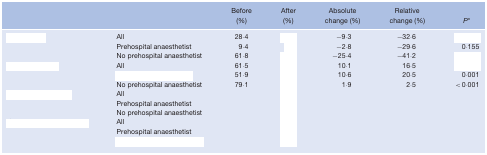
<table><thead><tr><td>[EMPTY_CELL]</td><td>[EMPTY_CELL]</td><td><b>Before (%)</b></td><td><b>After (%)</b></td><td><b>Absolute change (%)</b></td><td><b>Relative change (%)</b></td><td><b><i>P</i>*</b></td></tr></thead><tbody><tr><td>[EMPTY_CELL]</td><td>All</td><td>28·4</td><td>[EMPTY_CELL]</td><td>− 9·3</td><td>− 32·6</td><td>[EMPTY_CELL]</td></tr><tr><td>[EMPTY_CELL]</td><td>Prehospital anaesthetist</td><td>9·4</td><td>[EMPTY_CELL]</td><td>− 2·8</td><td>− 29·6</td><td>0·155</td></tr><tr><td>[EMPTY_CELL]</td><td>No prehospital anaesthetist</td><td>61·8</td><td>[EMPTY_CELL]</td><td>− 25·4</td><td>− 41·2</td><td>[EMPTY_CELL]</td></tr><tr><td>[EMPTY_CELL]</td><td>All</td><td>61·5</td><td>[EMPTY_CELL]</td><td>10·1</td><td>16·5</td><td>[EMPTY_CELL]</td></tr><tr><td>[EMPTY_CELL]</td><td>[EMPTY_CELL]</td><td>51·9</td><td>[EMPTY_CELL]</td><td>10·6</td><td>20·5</td><td>0·001</td></tr><tr><td>[EMPTY_CELL]</td><td>No prehospital anaesthetist</td><td>79·1</td><td>[EMPTY_CELL]</td><td>1·9</td><td>2·5</td><td>&lt; 0·001</td></tr><tr><td>[EMPTY_CELL]</td><td>All</td><td>[EMPTY_CELL]</td><td>[EMPTY_CELL]</td><td>[EMPTY_CELL]</td><td>[EMPTY_CELL]</td><td>[EMPTY_CELL]</td></tr><tr><td>[EMPTY_CELL]</td><td>Prehospital anaesthetist</td><td>[EMPTY_CELL]</td><td>[EMPTY_CELL]</td><td>[EMPTY_CELL]</td><td>[EMPTY_CELL]</td><td>[EMPTY_CELL]</td></tr><tr><td>[EMPTY_CELL]</td><td>No prehospital anaesthetist</td><td>[EMPTY_CELL]</td><td>[EMPTY_CELL]</td><td>[EMPTY_CELL]</td><td>[EMPTY_CELL]</td><td>[EMPTY_CELL]</td></tr><tr><td>[EMPTY_CELL]</td><td>All</td><td>[EMPTY_CELL]</td><td>[EMPTY_CELL]</td><td>[EMPTY_CELL]</td><td>[EMPTY_CELL]</td><td>[EMPTY_CELL]</td></tr><tr><td>[EMPTY_CELL]</td><td>Prehospital anaesthetist</td><td>[EMPTY_CELL]</td><td>[EMPTY_CELL]</td><td>[EMPTY_CELL]</td><td>[EMPTY_CELL]</td><td>[EMPTY_CELL]</td></tr><tr><td>[EMPTY_CELL]</td><td>[EMPTY_CELL]</td><td>[EMPTY_CELL]</td><td>[EMPTY_CELL]</td><td>[EMPTY_CELL]</td><td>[EMPTY_CELL]</td><td>[EMPTY_CELL]</td></tr></tbody></table>